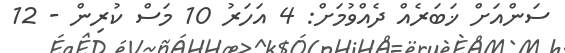
ސަންއަށް ޚަބަރެއް ދެއްވުމަށް: 4 އަހަރު 10 މަސް ކުރިން - 12